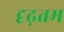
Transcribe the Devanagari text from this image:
दृढ़तम